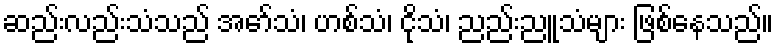
ဆည်းလည်းသံသည် အော်သံ၊ ဟစ်သံ၊ ငိုသံ၊ ညည်းညူသံများ ဖြစ်နေသည်။